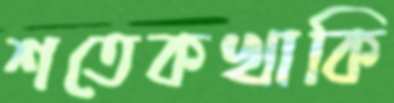
শতেকখাকি